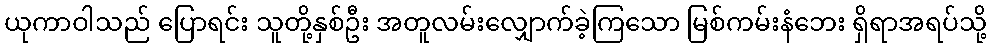
ယုကာဝါသည် ပြောရင်း သူတို့နှစ်ဦး အတူလမ်းလျှောက်ခဲ့ကြသော မြစ်ကမ်းနံဘေး ရှိရာအရပ်သို့